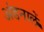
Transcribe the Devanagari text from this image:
अंडनालें